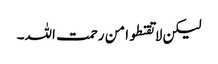
لیکن لا تقنطوا من رحمت اللہ۔